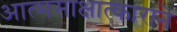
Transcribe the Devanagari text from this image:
आत्मसाक्षात्काराने